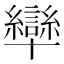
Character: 卛